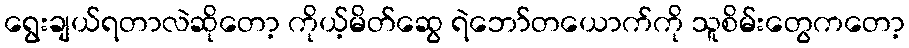
ရွေးချယ်ရတာလဲဆိုတော့ ကိုယ့်မိတ်ဆွေ ရဲဘော်တယောက်ကို သူစိမ်းတွေကတော့